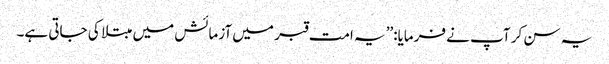
یہ سن کر آپ نے فرمایا:’’یہ امت قبر میں آزمائش میں مبتلا کی جاتی ہے۔